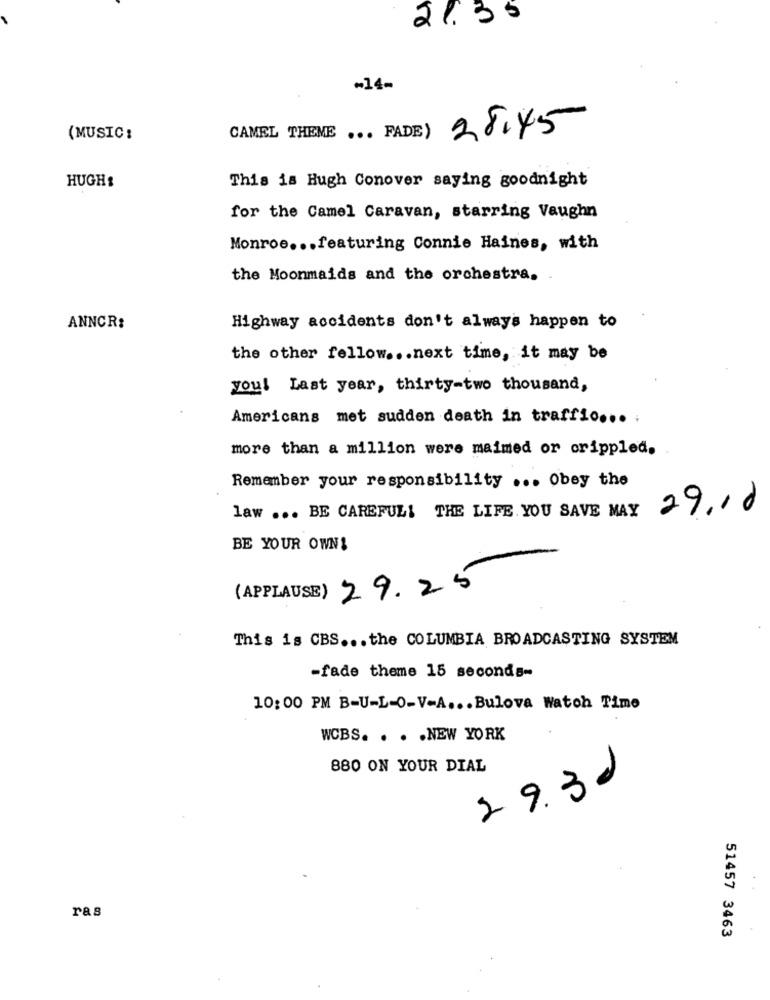
21.35
-14-
28.45
(MUSIC :
CAMEL THEME ... FADE)
HUGH:
This is Hugh Conover saying goodnight
for the Camel Caravan, starring Vaughn
Monroe ... featuring Connie Haines, with
the Moonmaids and the orchestra.
ANNCR:
Highway accidents don't always happen to
the other fellow ... next time, it may be
you! Last year, thirty-two thousand,
Americans met sudden death in traffic ... ;
more than a million were maimed or crippled.
Remember your responsibility ... Obey the
29.10
law ... BE CAREFUL! THE LIFE YOU SAVE MAY
BE YOUR OWN!
29.25
(APPLAUSE)
This is CBS ... the COLUMBIA BROADCASTING SYSTEM
-fade theme 15 seconds-
10: 00 PM B-U-L-O-V-A ... Bulova Watoh Time
WCBS. . . . NEW YORK
880 ON YOUR DIAL
29.30
ras
51457 3463